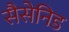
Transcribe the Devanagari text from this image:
सैसेनिड